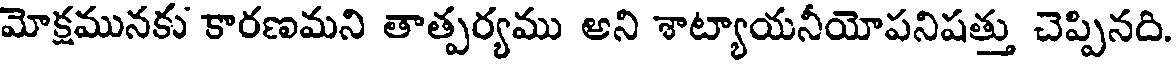
మోక్షమునకు కారణమని తాత్పర్యము అని శాట్యాయనీయోపనిషత్తు చెప్పినది.